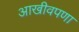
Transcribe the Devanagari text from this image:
आखीवपणा